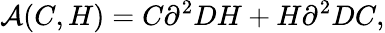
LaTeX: {\cal A}(C,H)=C\partial^{2}DH+H\partial^{2}DC,